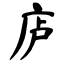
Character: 𪪏